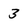
Character: 3